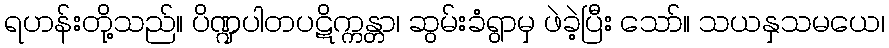
ရဟန်းတို့သည်။ ပိဏ္ဍပါတပဋိက္ကန္တာ၊ ဆွမ်းခံရွာမှ ဖဲခဲ့ပြီး သော်။ သယနှသမယေ၊